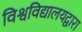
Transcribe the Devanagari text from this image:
विश्वविद्यालयद्वारा